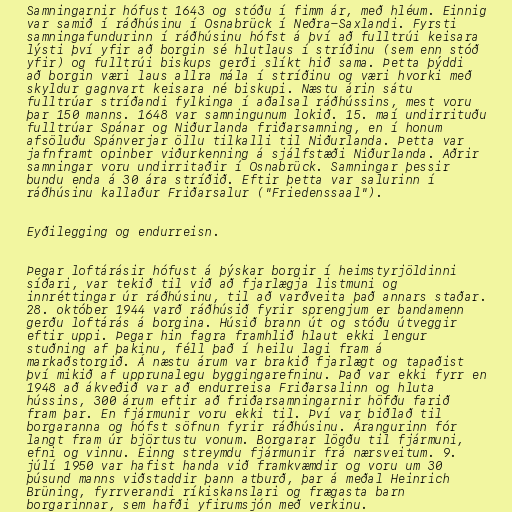
Samningarnir hófust 1643 og stóðu í fimm ár, með hléum. Einnig
var samið í ráðhúsinu í Osnabrück í Neðra-Saxlandi. Fyrsti
samningafundurinn í ráðhúsinu hófst á því að fulltrúi keisara
lýsti því yfir að borgin sé hlutlaus í stríðinu (sem enn stóð
yfir) og fulltrúi biskups gerði slíkt hið sama. Þetta þýddi
að borgin væri laus allra mála í stríðinu og væri hvorki með
skyldur gagnvart keisara né biskupi. Næstu árin sátu
fulltrúar stríðandi fylkinga í aðalsal ráðhússins, mest voru
þar 150 manns. 1648 var samningunum lokið. 15. maí undirrituðu
fulltrúar Spánar og Niðurlanda friðarsamning, en í honum
afsöluðu Spánverjar öllu tilkalli til Niðurlanda. Þetta var
jafnframt opinber viðurkenning á sjálfstæði Niðurlanda. Aðrir
samningar voru undirritaðir í Osnabrück. Samningar þessir
bundu enda á 30 ára stríðið. Eftir þetta var salurinn í
ráðhúsinu kallaður Friðarsalur ("Friedenssaal").

Eyðilegging og endurreisn.

Þegar loftárásir hófust á þýskar borgir í heimstyrjöldinni
síðari, var tekið til við að fjarlægja listmuni og
innréttingar úr ráðhúsinu, til að varðveita það annars staðar.
28. október 1944 varð ráðhúsið fyrir sprengjum er bandamenn
gerðu loftárás á borgina. Húsið brann út og stóðu útveggir
eftir uppi. Þegar hin fagra framhlið hlaut ekki lengur
stuðning af þakinu, féll það í heilu lagi fram á
markaðstorgið. Á næstu árum var brakið fjarlægt og tapaðist
því mikið af upprunalegu byggingarefninu. Það var ekki fyrr en
1948 að ákveðið var að endurreisa Friðarsalinn og hluta
hússins, 300 árum eftir að friðarsamningarnir höfðu farið
fram þar. En fjármunir voru ekki til. Því var biðlað til
borgaranna og hófst söfnun fyrir ráðhúsinu. Árangurinn fór
langt fram úr björtustu vonum. Borgarar lögðu til fjármuni,
efni og vinnu. Einng streymdu fjármunir frá nærsveitum. 9.
júlí 1950 var hafist handa við framkvæmdir og voru um 30
þúsund manns viðstaddir þann atburð, þar á meðal Heinrich
Brüning, fyrrverandi ríkiskanslari og frægasta barn
borgarinnar, sem hafði yfirumsjón með verkinu.